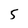
Character: 5